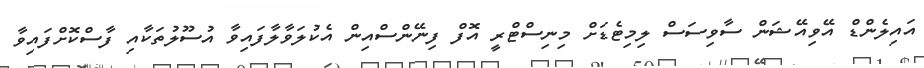
އައިލެންޑް އޭވިއޭޝަން ސާވިސަސް ލިމިޓެޑަށް މިނިސްޓްރީ އޮފް ފިނޭންސްއިން އެކުލަވާލާފައިވާ އުސޫލުތަކާއި ފާސްކޮށްފައިވާ